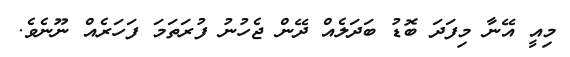
މިއީ އޭނާ މިފަދަ ބޮޑު ބަދަލެއް ދޭން ޖެހުނު ފުރަތަމަ ފަހަރެއް ނޫނެވެ.